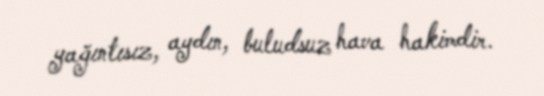
yağıntısız, aydın, buludsuz hava hakimdir.